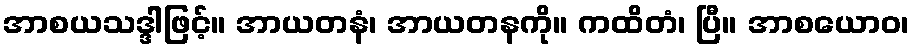
အာစယသဒ္ဒါဖြင့်။ အာယတနံ၊ အာယတနကို။ ကထိတံ၊ ပြီ။ အာစယောဝ၊